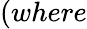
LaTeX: (where